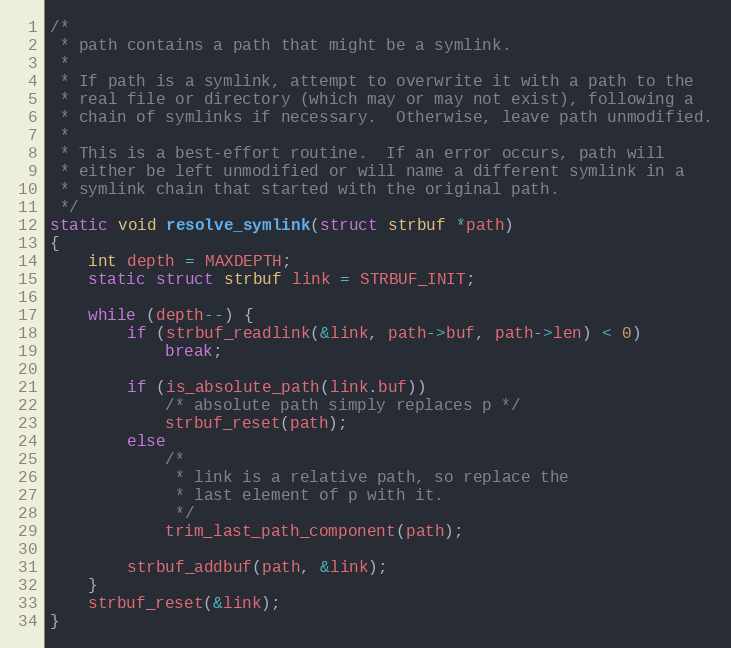
Language: C
/*
 * path contains a path that might be a symlink.
 *
 * If path is a symlink, attempt to overwrite it with a path to the
 * real file or directory (which may or may not exist), following a
 * chain of symlinks if necessary.  Otherwise, leave path unmodified.
 *
 * This is a best-effort routine.  If an error occurs, path will
 * either be left unmodified or will name a different symlink in a
 * symlink chain that started with the original path.
 */
static void resolve_symlink(struct strbuf *path)
{
	int depth = MAXDEPTH;
	static struct strbuf link = STRBUF_INIT;

	while (depth--) {
		if (strbuf_readlink(&link, path->buf, path->len) < 0)
			break;

		if (is_absolute_path(link.buf))
			/* absolute path simply replaces p */
			strbuf_reset(path);
		else
			/*
			 * link is a relative path, so replace the
			 * last element of p with it.
			 */
			trim_last_path_component(path);

		strbuf_addbuf(path, &link);
	}
	strbuf_reset(&link);
}